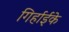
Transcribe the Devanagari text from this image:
गिर्हाईके